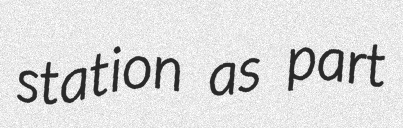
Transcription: station as part